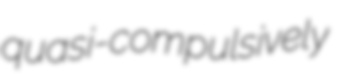
quasi-compulsively